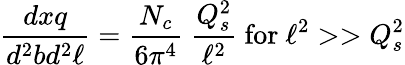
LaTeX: {\frac{dxq}{d^{2}bd^{2}\ell}}={\frac{N_{c}}{6\pi^{4}}}\ {\frac{Q_{s}^{2}}{\ell^{2}}}\ \mathrm{for}\ \ell^{2}>>Q_{s}^{2}